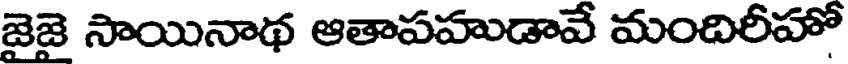
జైజై సాయినాథ ఆతాపహుడావే మందిరీహో